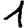
Digit: 1